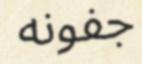
جفونه